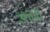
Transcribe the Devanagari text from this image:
अथेनी